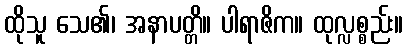
ထိုသူ သေ၏၊ အနာပတ္တိ။ ပါရာဇိက။ ထုလ္လစ္စည်း။